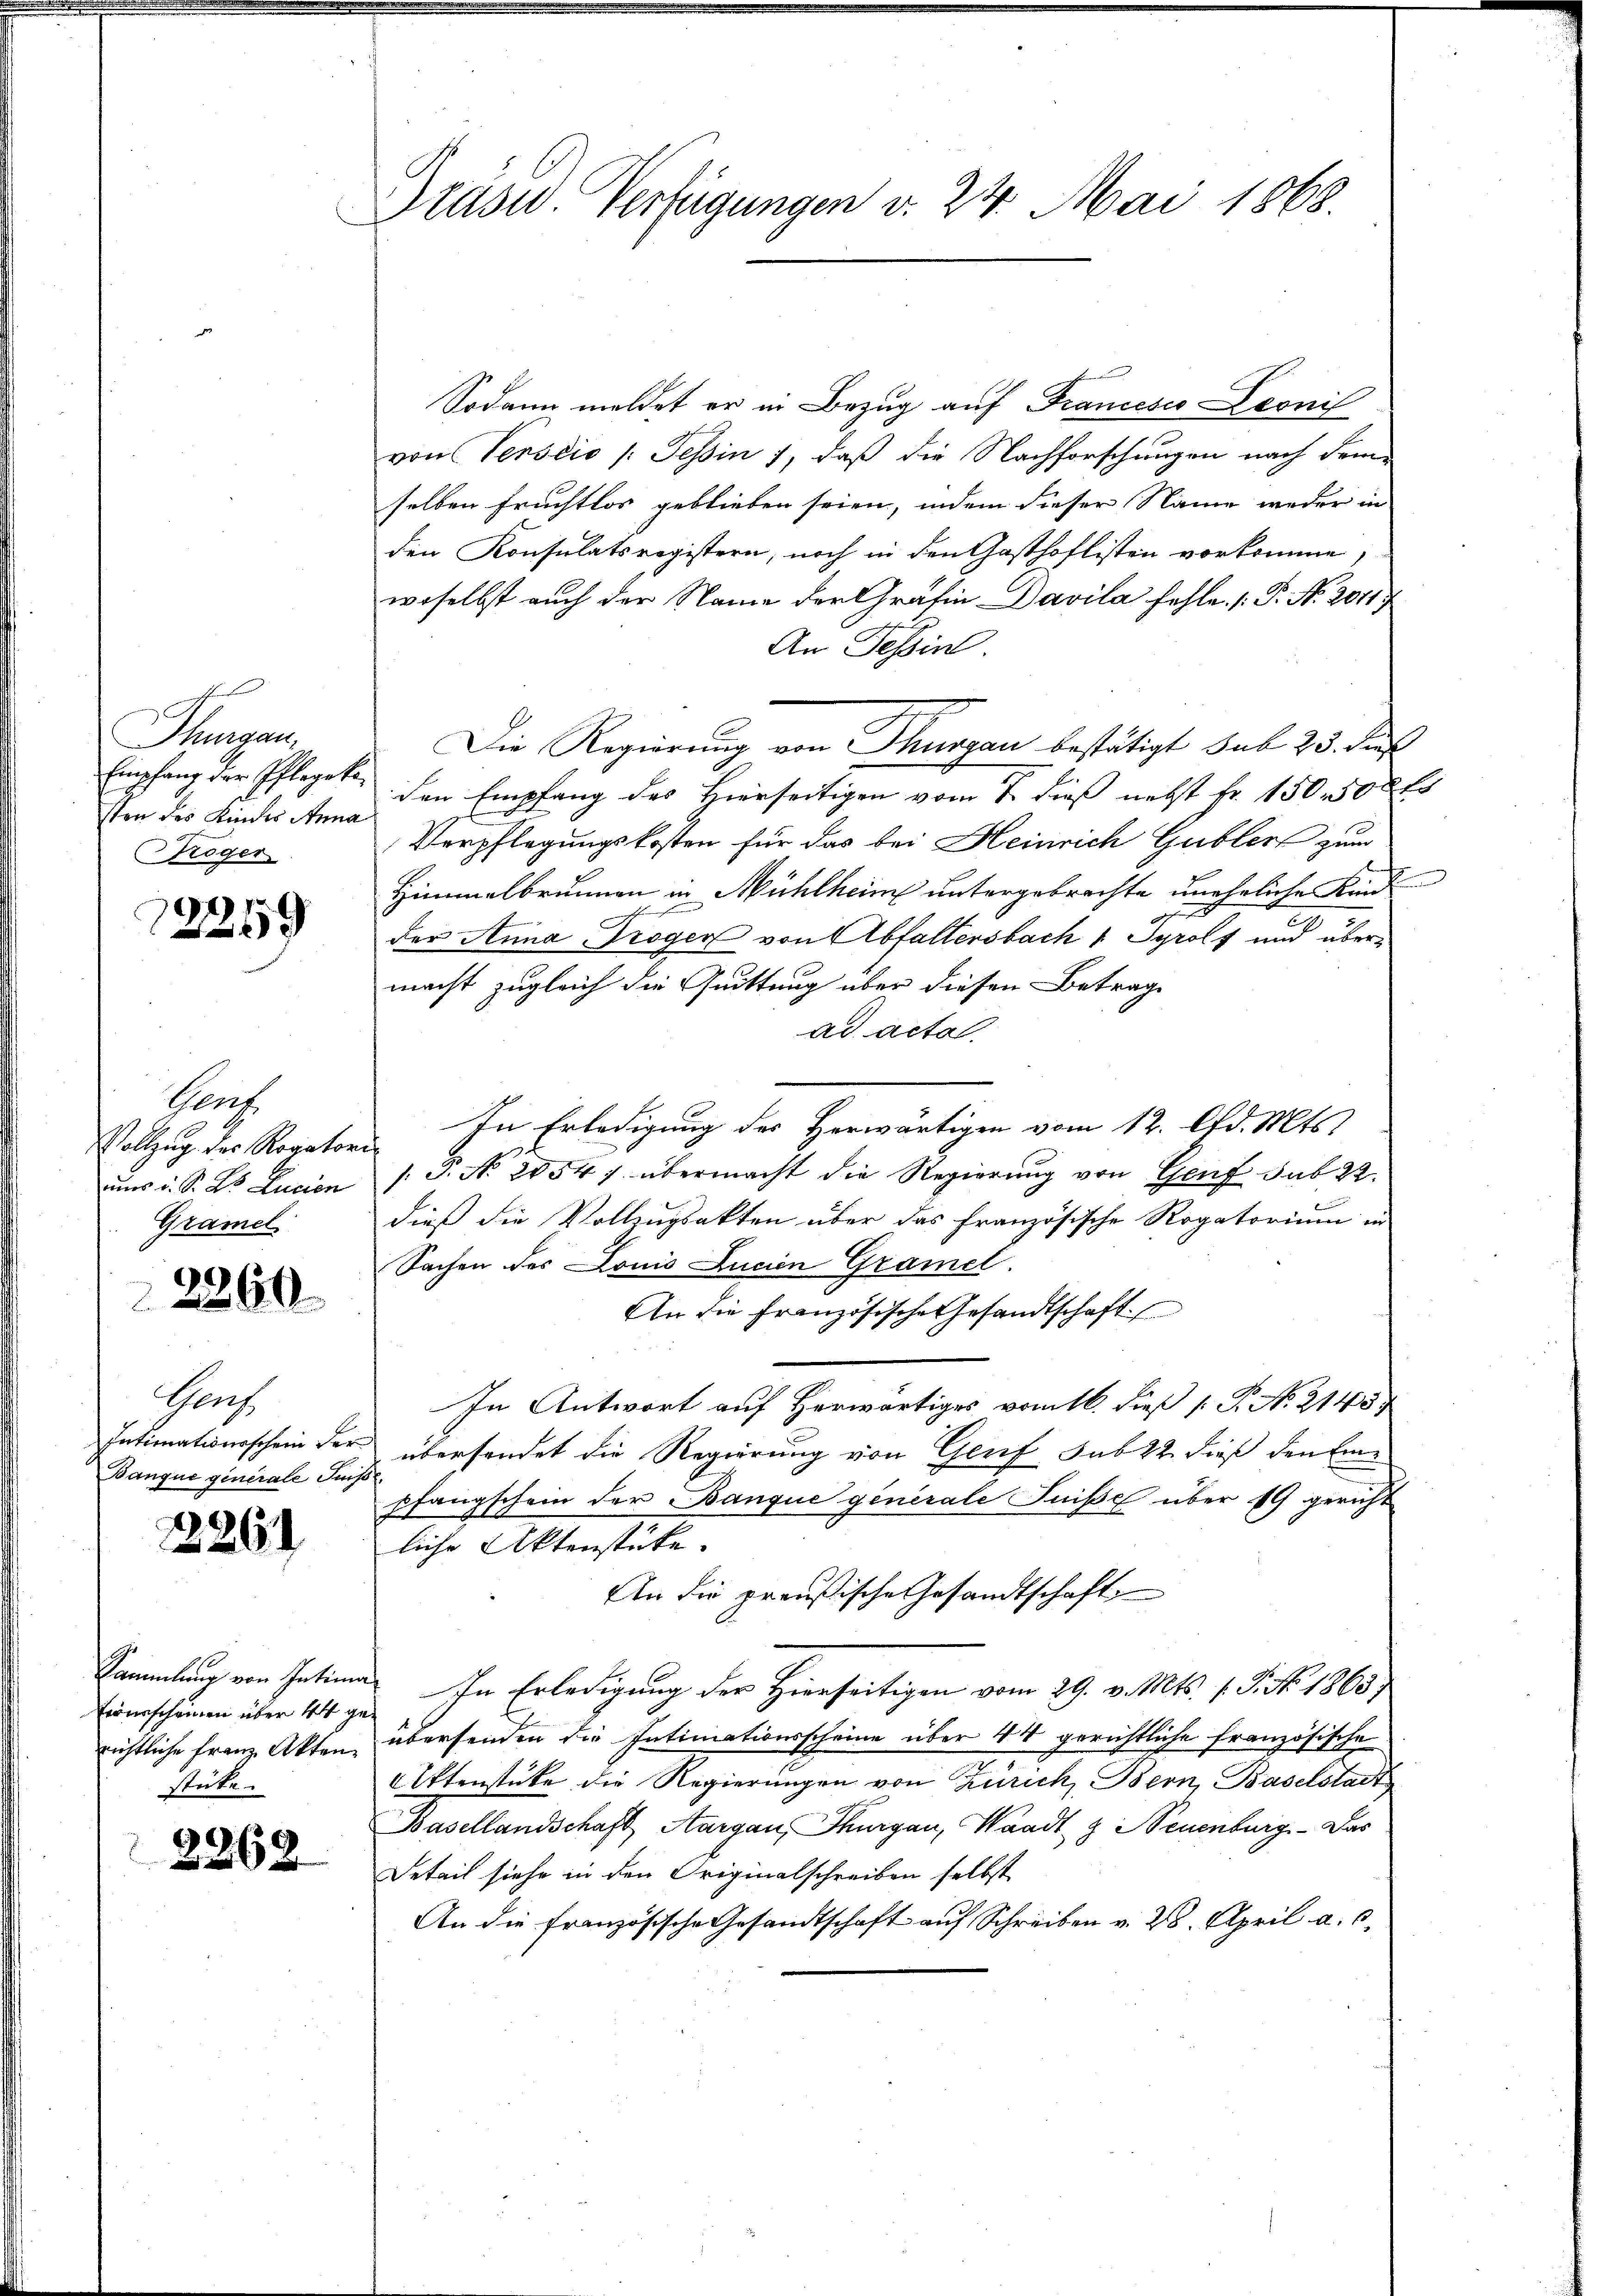
s
Thurgau,
Empfang der Pflegeta
sten des Kindes Anna
Sröger
12219

Genf
Vollzug des Rogator
uns v. S. Wo Lucien
Gramel
2260

Gatz
Intimationsschein der
Banque generale Sin¬

2261

Sammlung von Intim
Eiverscheinen über 44 ge
richtliche Franz Akten
sticke.
2268

Gruse Verfügungen v. 24. Mai 1868.

Sodann meldet er in Bezug auf Francesco Deonis
von Verscio /: Tessin, daß die Nachforschungen nach dem
selben fruchtlos geblieben seien, indem dieser Name weder in
den Konsulatsregistern, noch in den Gasthoflisten vorkomme,
woselbst auch der Name der Grafin Davila fehle. P. Nr. 2011.
An Tessin
Die Regierung von Thurgau bestätigt sub 23. Dies
 den Empfang des Hierseitigen vom 7. dieß nebst fr. 150,500fr
Verpflegungskosten für das bei Heinrich Gubler zum
Himmelbrunnen in Mühlheim untergebrachte uneheliche Kind
A
der Anna Troger von Abfallersbach 1 Tyrolf und übermacht zugleich die Quittung über diesen Betrage
ad acta.
In Erledigung des Herwärtigen vom 12. d. Mts.
f
[P. N. 2054). übermacht die Regierung von Genf sub 22.
dieß die Vollzugsakten über das französische Rogatorium in
Sachen des Louis Ancien Gramel.
An die Französische Gesandtschaft
In Antwort auf Herwärtiges vom 16. dieß [ P. No. 21457
übersendet die Regierung von Genf sub 22 dieß den Eine
.
pfangschein der Banque generale Fuße über 19 gericht
liche Aktenstücke.
An die preußische Gesandtschaft
 In Erledigung der Hierseitigen vom 29. v. Mts. (T. No. 1863
übersenden die Intimationsscheine über 44 gerichtliche Französische
Ettenstüke die Regierungen von Zürich, Bern, Baselstadt
Basellandschaft Aargau, Thurgau, Waadt z Neuenburg - Das
Detail siehe in den Originalschreiben selbst
An die Französische Gesandtschaft auf Schreiben v. 28. April a. c.